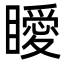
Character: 瞹